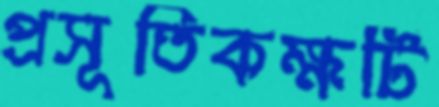
প্রসূতিকক্ষটি